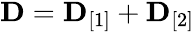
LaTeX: \begin{array}{r}{{\mathbf D}={\mathbf D}_{[1]}+{\mathbf D}_{[2]}}\end{array}